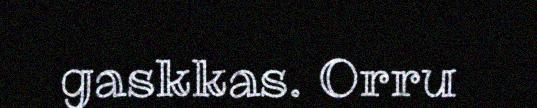
gaskkas. Orru